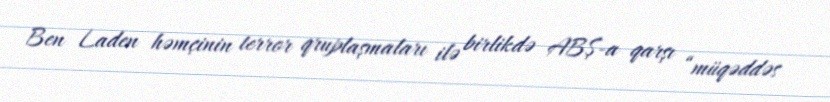
Ben Laden həmçinin terror qruplaşmaları ilə birlikdə ABŞ-a qarşı “müqəddəs